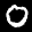
Label: 0